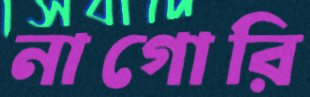
নাগোরি